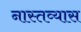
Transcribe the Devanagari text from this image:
नास्तव्यास